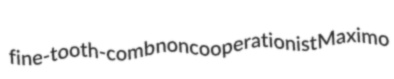
fine-tooth-comb noncooperationist Maximo